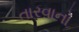
તારવાનો